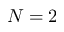
N = 2